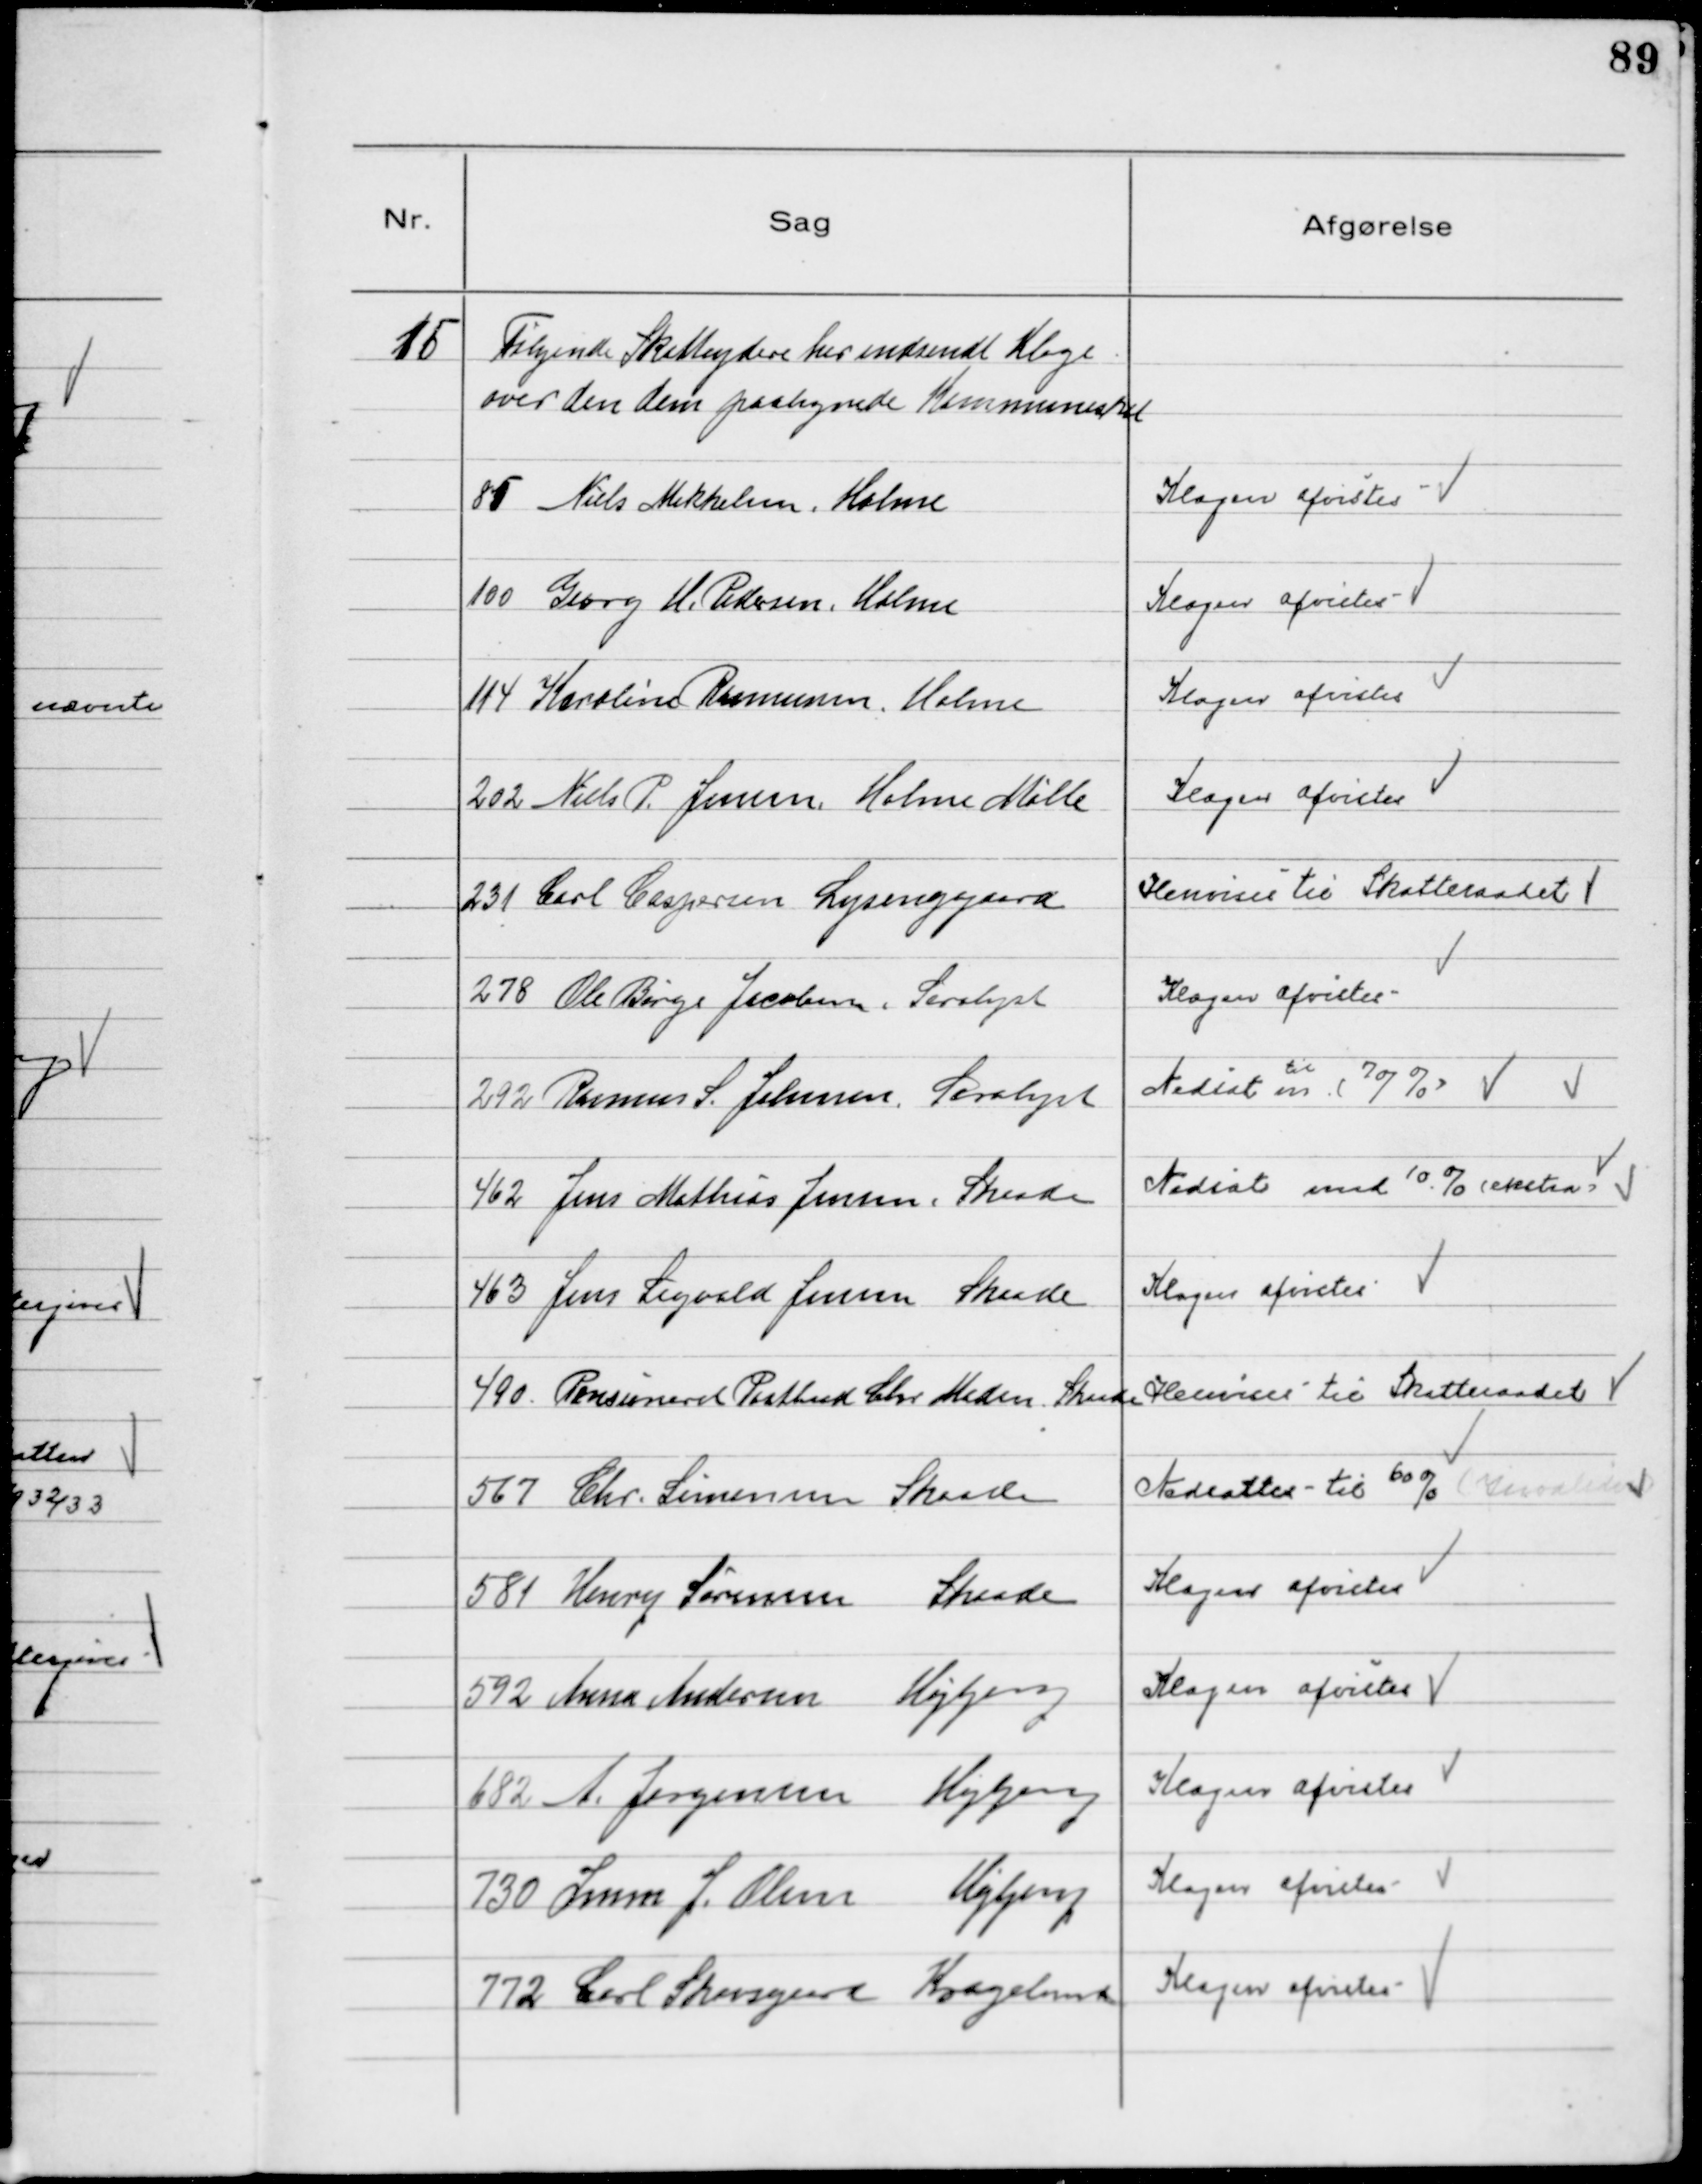
Transskription:
15
Følgende Skatteydere har indsendt Klage
over den dem paalignede Kommuneskat

85 Niels Mikkelsen, Holme

Klagen afvistes

100 Georg H. Pedersen, Holme

Klagen afvistes

114 Karoline Rasmussen, Holme

Klagen afvistes

202 Niels P. Jensen, Holme Mølle

Klagen afvistes

231 Carl Caspersen, Lysenggaard

Henvises til Skatteraadet

278 Ole Børge Jacobsen, Saralyst

Klagen afvistes

292 Rasmus S. Johnsen, Saralyst

Nedsat m.
til
(70 %)

462 Jens Mathias Jensen, Skaade

Nedsat med 10 % (ekstra)

463 Jens Sigvald Jensen Skaade

Klagen afvistes

490 Pensioneret Postbud Chr Madsen Skaade

Henvises til Skatteraadet

567 Chr. Sørensen Skaade

Nedsattes til 60 %

581 Henry Sørensen Skaade

Klagen afvistes

592 Anna Andersen Højbjerg

Klagen afvistes

682 A. Jørgensen Højbjerg

Klagen afvistes

730 Simon J. Olsen Højbjerg

Klagen afvistes

772 Carl Skovsgaard Kragelund

Klagen afvistes